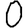
Digit: 0